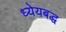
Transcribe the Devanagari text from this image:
ध्येयबद्ध